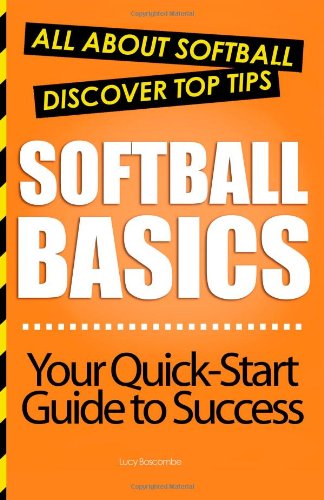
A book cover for Softball Basics: All About Softball; Lucy Boscombe; Sports & Outdoors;